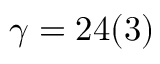
\gamma = 2 4 ( 3 )